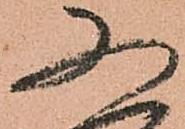
又